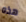
هذه